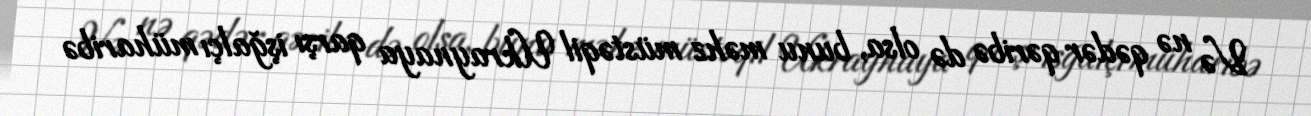
Və nə qədər qəribə də olsa, bunu məhz müstəqil Ukraynaya qarşı işğalçı müharibə